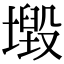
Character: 𡒂